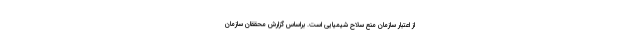
از اعتبار سازمان منع سلاح شیمیایی است. براساس گزارش محققان سازمان